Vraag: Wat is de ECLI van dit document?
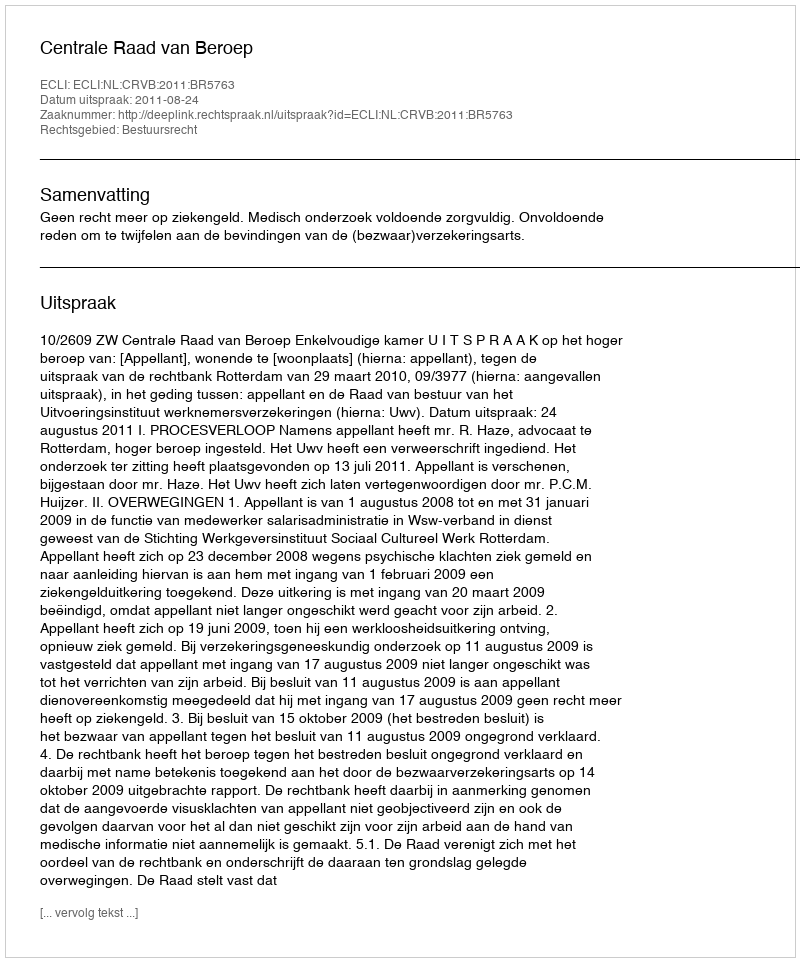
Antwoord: ECLI:NL:CRVB:2011:BR5763